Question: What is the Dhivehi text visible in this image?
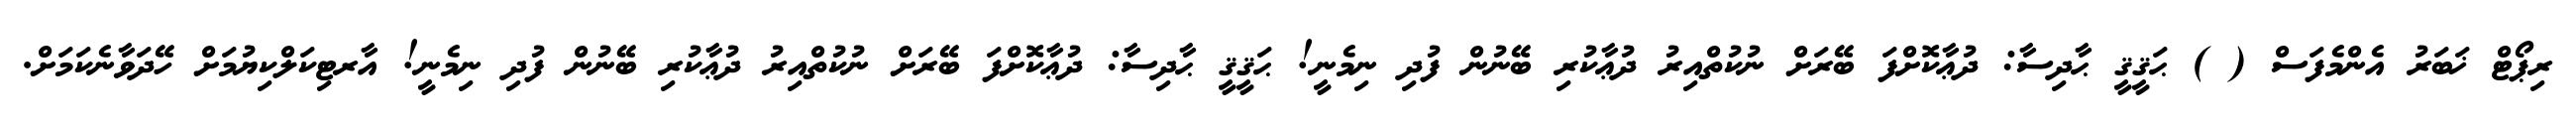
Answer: ރިޕޯޓް ޚަބަރު އެންމެފަސް ( ) ޙަޤީޤީ ޙާދިސާ: ދުޢާކޮށްފަ ބޭރަށް ނުކުތްއިރު ދުޢާކުރި ބޭނުން ފުދި ނިމެނީ! ޙަޤީޤީ ޙާދިސާ: ދުޢާކޮށްފަ ބޭރަށް ނުކުތްއިރު ދުޢާކުރި ބޭނުން ފުދި ނިމެނީ! އާރޓިކަލްކިޔުމަށް ހޭދަވާނެކަމަށް.